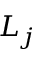
L _ { j }